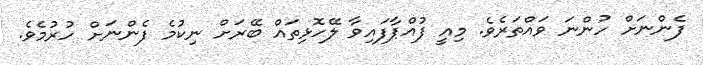
ފެންނަށް ހުންނަ ވައްތަރެވެ. މިއީ ފުއްޕާފައިވާ ލޭހޮޅިތައް ބޭރަށް ނިކުމެ ފެންނަށް ހުރުމެވެ.